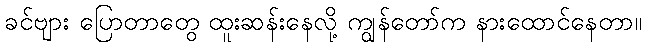
ခင်ဗျား ပြောတာတွေ ထူးဆန်းနေလို့ ကျွန်တော်က နားထောင်နေတာ။